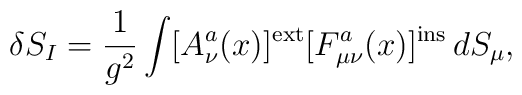
\delta S_I = \frac{1}{g^2}\int[A^a_\nu(x)]^{\rm ext} [F^a_{\mu\nu}(x)]^{\rm ins}\,dS_\mu,